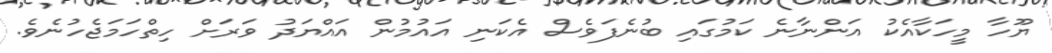
ޔޫހާ މީހަކާއެކު އަންނާނެ ކަމުގައި ބުނެފަވެސް އެކަނި އައުމުން އައްޔަދު ވަރަށް ހިތްހަމަޖެހުނެވެ.